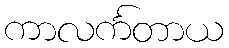
ကာလင်္ကတာယ